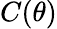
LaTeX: C(\theta)